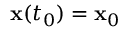
\mathbf { x } ( t _ { 0 } ) = \mathbf { x } _ { 0 }